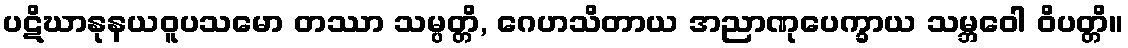
ပဋိဃာနုနယဝူပသမော တဿာ သမ္ပတ္တိ, ဂေဟသိတာယ အညာဏုပေက္ခာယ သမ္ဘဝေါ ဝိပတ္တိ။